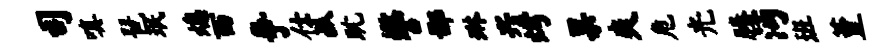
司嗔琶珉熄西争仕孤耽警鄙琳兴烤果爽危光腾沔班堇